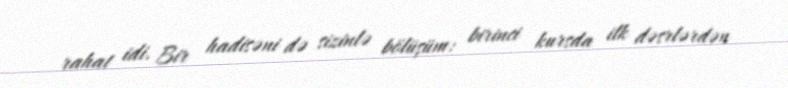
rahat idi. Bir hadisəni də sizinlə bölüşüm: birinci kursda ilk dəsrlərdən